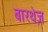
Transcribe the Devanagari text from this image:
बारथेज़